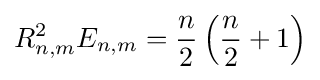
R_{n,m}^{2}E_{n,m}={\frac {n}{2}}\left({\frac {n}{2}}+1\right)